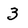
Character: 3